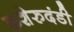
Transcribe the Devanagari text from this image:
कशेरुदंडी